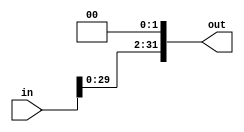
`timescale 1ns / 1ps
//////////////////////////////////////////////////////////////////////////////////
// Company: 
// Engineer: 
// 
// Design Name: 
// Module Name: L2SHIFT2
// Project Name: 
// Target Devices: 
// Tool Versions: 
// Description: 
// 
// Dependencies: 
// 
// Revision:
// Revision 0.01 - File Created
// Additional Comments:
// 
//////////////////////////////////////////////////////////////////////////////////



module L2SHIFT(
    in,out
    );
    
    input wire [31:0] in;
    output wire [31:0] out;
    
    assign out={in[29:0],2'b00};
endmodule